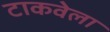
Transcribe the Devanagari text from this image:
टाकवेला